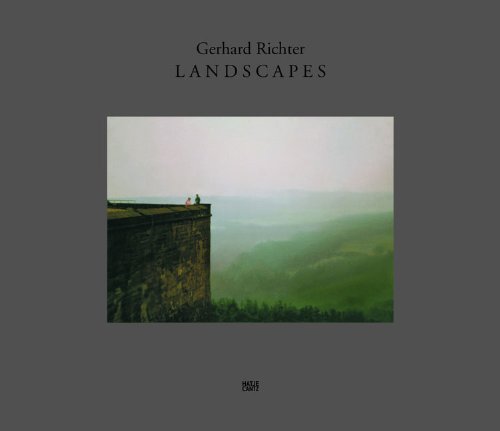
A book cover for Gerhard Richter: Landscapes; Dietmar Elger; Arts & Photography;